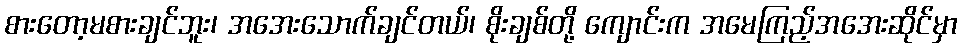
စားတော့မစားချင်ဘူး၊ အအေးသောက်ချင်တယ်၊ စိုးချစ်တို့ ကျောင်းက အမေကြည့်အအေးဆိုင်မှာ